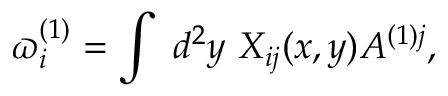
\varpi _ { i } ^ { ( 1 ) } = \int \ d ^ { 2 } y \ X _ { i j } ( x , y ) A ^ { ( 1 ) j } ,